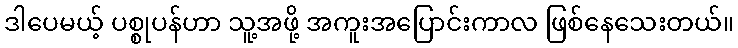
ဒါပေမယ့် ပစ္စုပန်ဟာ သူ့အဖို့ အကူးအပြောင်းကာလ ဖြစ်နေသေးတယ်။